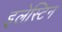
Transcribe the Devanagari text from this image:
इलेस्टिन